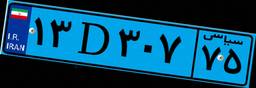
۱۳D۳۰۷۷۵